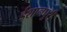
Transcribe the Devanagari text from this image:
ईशानपुरी